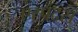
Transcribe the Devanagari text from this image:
एस्पदस